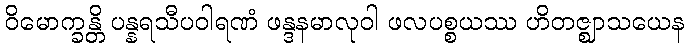
ဝိမောက္ခန္တိ ပန္နရသီပဝါရဏံ ဖန္ဒနမာလုဝါ ဖလပစ္စယဿ ဟိတဇ္ဈာသယေန